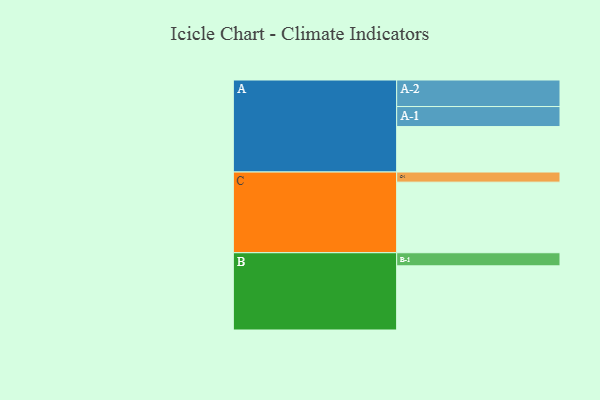
{"axis": {"x": "Segment", "y": "Value"}, "legend": ["", "A", "B", "C"], "data": [{"x": "A", "y": 382, "type": ""}, {"x": "B", "y": 539, "type": ""}, {"x": "C", "y": 593, "type": ""}, {"x": "A-1", "y": 168, "type": "A"}, {"x": "A-2", "y": 223, "type": "A"}, {"x": "B-1", "y": 110, "type": "B"}, {"x": "C-1", "y": 85, "type": "C"}]}